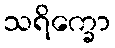
သရိက္ခော